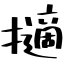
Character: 擿